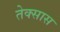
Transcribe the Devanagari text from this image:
तेक्सास